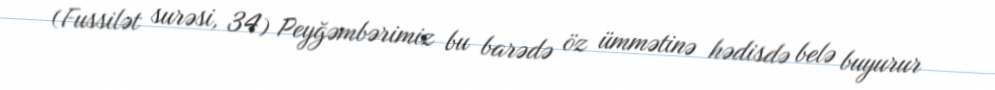
(Fussilət surəsi, 34) Peyğəmbərimiz bu barədə öz ümmətinə hədisdə belə buyurur